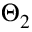
\Theta _ { 2 }